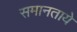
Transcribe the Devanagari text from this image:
समानताये